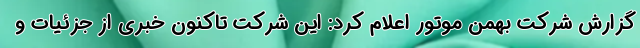
گزارش شرکت بهمن موتور اعلام کرد: این شرکت تاکنون خبری از جزئیات و